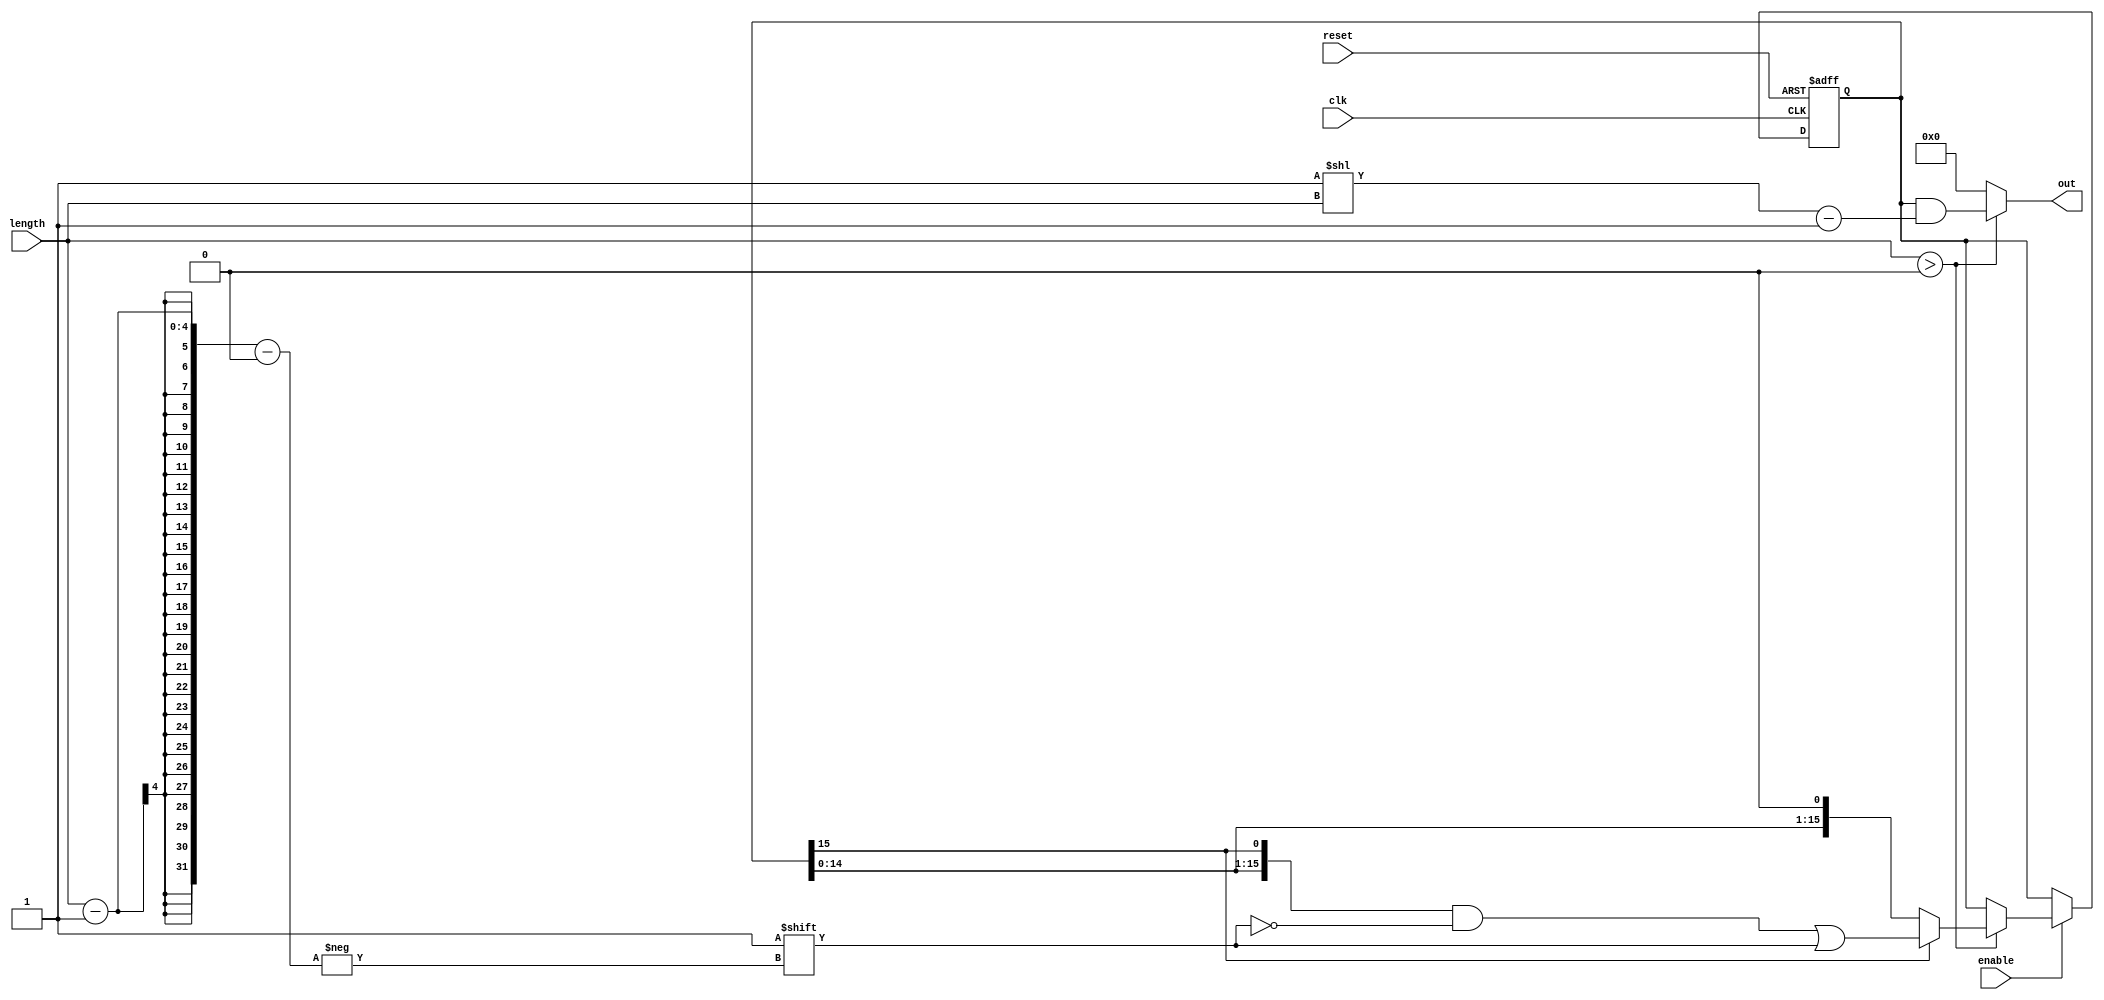
module variable_length_ring_counter (
    input wire clk,            // Clock input
    input wire reset,          // Asynchronous reset
    input wire enable,         // Enable control
    input wire [3:0] length,   // Length control (max 15)
    output reg [15:0] out      // Outputs for the flip-flops (16 flip-flops)
);
    // Internal register to hold the current state of the ring counter
    reg [15:0] state;

    always @(posedge clk or posedge reset) begin
        if (reset) begin
            // Reset: Set the first flip-flop to '1', others to '0'
            state <= 16'b0000000000000001;
        end else if (enable) begin
            // Shift logic
            // Only shift if the length is greater than 0
            if (length > 0) begin
                // Shift the '1' around the ring
                state <= {state[14:0], state[15]};
                // If the last bit is '1', we need to ensure the correct length
                if (state[15]) begin
                    state[length-1] <= 1'b1; // Set the last active position to '1'
                end
            end
        end
    end

    // Assign the output
    always @(*) begin
        // Output only the number of bits specified by the length
        out = (length > 0) ? (state & ((1 << length) - 1)) : 16'b0;
    end

endmodule